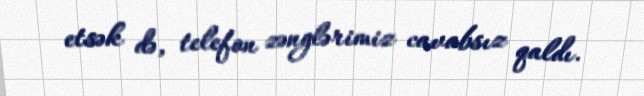
etsək də, telefon zənglərimiz cavabsız qaldı.